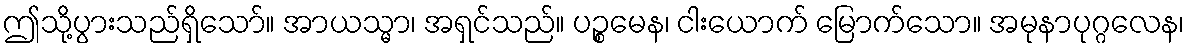
ဤသို့ပွားသည်ရှိသော်။ အာယသ္မာ၊ အရှင်သည်။ ပဉ္စမေန၊ ငါးယောက် မြောက်သော။ အမုနာပုဂ္ဂလေန၊